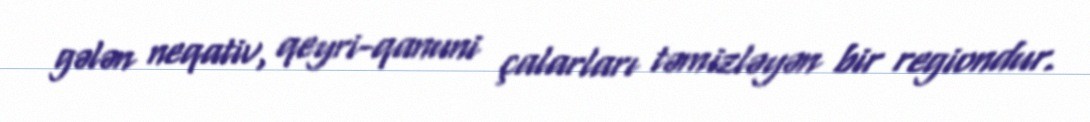
gələn neqativ, qeyri-qanuni çalarları təmizləyən bir regiondur.